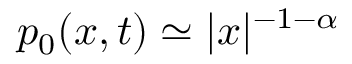
p _ { 0 } ( x , t ) \simeq | x | ^ { - 1 - \alpha }